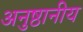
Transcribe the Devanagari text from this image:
अनुष्ठानीय